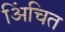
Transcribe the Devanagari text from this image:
अिंचित